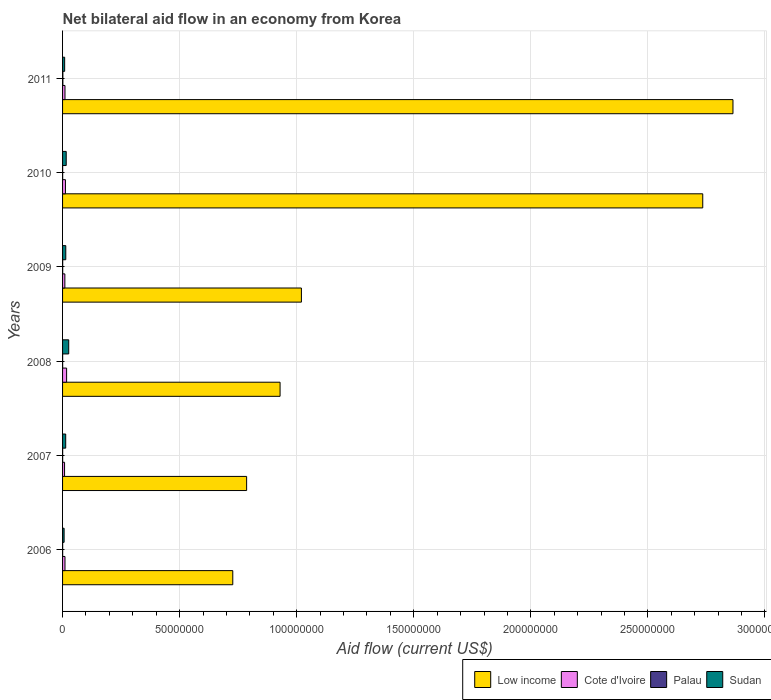
| Years | Low income | Cote d'Ivoire | Palau | Sudan |
 | --- | --- | --- | --- | --- |
 | 2006 | 7.27e+07 | 1.03e+06 | 4e+04 | 6.6e+05 |
 | 2007 | 7.86e+07 | 8.5e+05 | 4e+04 | 1.34e+06 |
 | 2008 | 9.29e+07 | 1.73e+06 | 3e+04 | 2.63e+06 |
 | 2009 | 1.02e+08 | 9.8e+05 | 5e+04 | 1.37e+06 |
 | 2010 | 2.73e+08 | 1.23e+06 | 4e+04 | 1.56e+06 |
 | 2011 | 2.86e+08 | 1.03e+06 | 1.3e+05 | 8.9e+05 |